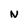
Character: N